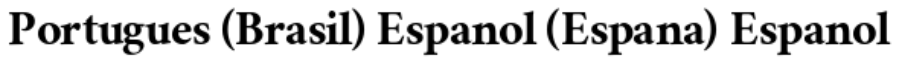
Portugues (Brasil) Espanol (Espana) Espanol